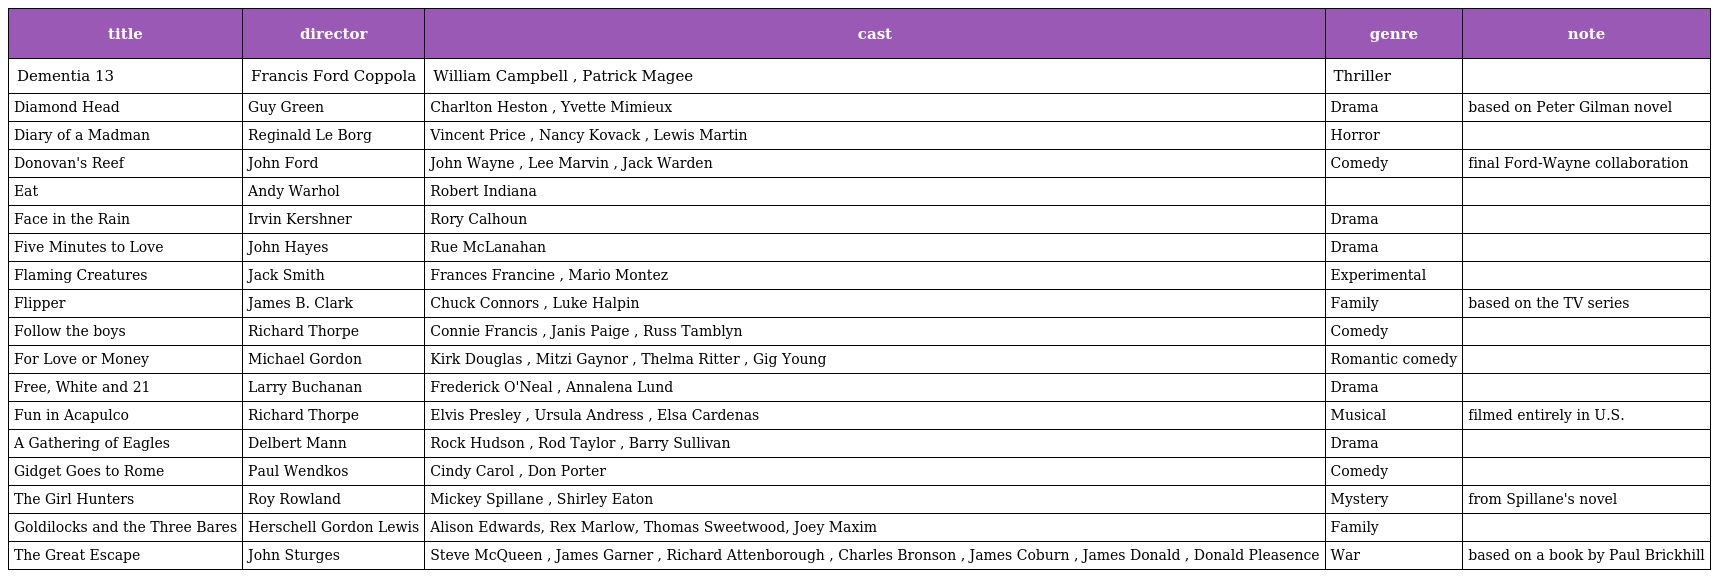
| title | director | cast | genre | note |
 | --- | --- | --- | --- | --- |
 | Dementia 13 | Francis Ford Coppola | William Campbell , Patrick Magee | Thriller |  |
 | Diamond Head | Guy Green | Charlton Heston , Yvette Mimieux | Drama | based on Peter Gilman novel |
 | Diary of a Madman | Reginald Le Borg | Vincent Price , Nancy Kovack , Lewis Martin | Horror |  |
 | Donovan's Reef | John Ford | John Wayne , Lee Marvin , Jack Warden | Comedy | final Ford-Wayne collaboration |
 | Eat | Andy Warhol | Robert Indiana |  |  |
 | Face in the Rain | Irvin Kershner | Rory Calhoun | Drama |  |
 | Five Minutes to Love | John Hayes | Rue McLanahan | Drama |  |
 | Flaming Creatures | Jack Smith | Frances Francine , Mario Montez | Experimental |  |
 | Flipper | James B. Clark | Chuck Connors , Luke Halpin | Family | based on the TV series |
 | Follow the boys | Richard Thorpe | Connie Francis , Janis Paige , Russ Tamblyn | Comedy |  |
 | For Love or Money | Michael Gordon | Kirk Douglas , Mitzi Gaynor , Thelma Ritter , Gig Young | Romantic comedy |  |
 | Free, White and 21 | Larry Buchanan | Frederick O'Neal , Annalena Lund | Drama |  |
 | Fun in Acapulco | Richard Thorpe | Elvis Presley , Ursula Andress , Elsa Cardenas | Musical | filmed entirely in U.S. |
 | A Gathering of Eagles | Delbert Mann | Rock Hudson , Rod Taylor , Barry Sullivan | Drama |  |
 | Gidget Goes to Rome | Paul Wendkos | Cindy Carol , Don Porter | Comedy |  |
 | The Girl Hunters | Roy Rowland | Mickey Spillane , Shirley Eaton | Mystery | from Spillane's novel |
 | Goldilocks and the Three Bares | Herschell Gordon Lewis | Alison Edwards, Rex Marlow, Thomas Sweetwood, Joey Maxim | Family |  |
 | The Great Escape | John Sturges | Steve McQueen , James Garner , Richard Attenborough , Charles Bronson , James Coburn , James Donald , Donald Pleasence | War | based on a book by Paul Brickhill |